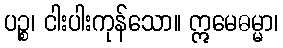
ပဉ္စ၊ ငါးပါးကုန်သော။ ဣမေဓမ္မာ၊